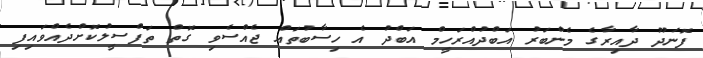
ފޮނަދޫ ދާއިރާގެ މެންބަރު އަބްދުއްރަހީމް އަބްދު އެ ހިސާބުތައް ޖެއްސެވި ގޮތް ތަފްސީލުކޮށްދެއްވައިފި